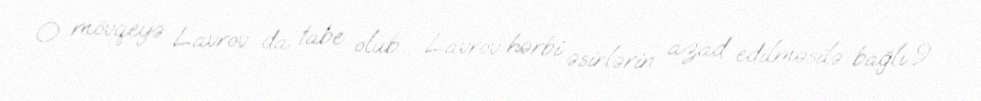
O mövqeyə Lavrov da tabe olub... Lavrov hərbi əsirlərin azad edilməsilə bağlı 9